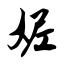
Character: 妮